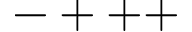
- + + +